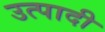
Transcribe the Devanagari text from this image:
उत्पादी